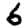
Digit: 6